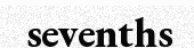
sevenths